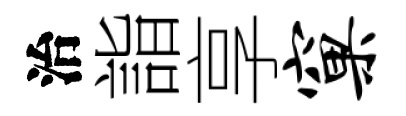
治詣享窠